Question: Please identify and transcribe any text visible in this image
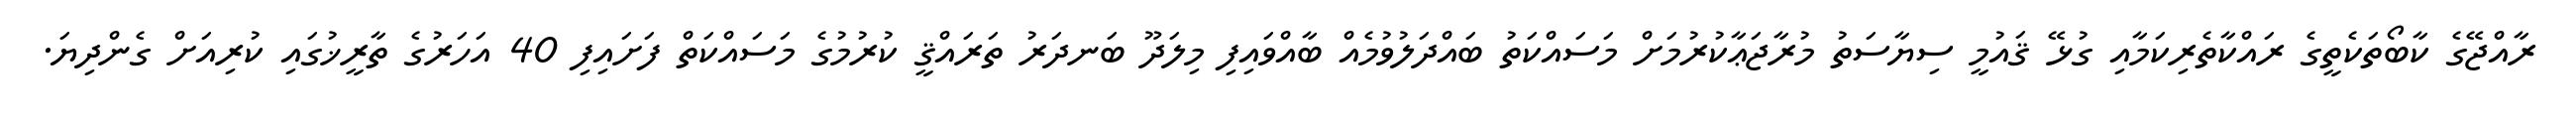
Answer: ރާއްޖޭގެ ކާބޯތަކެތީގެ ރައްކާތެރިކަމާއި ގުޅޭ ޤައުމީ ސިޔާސަތު މުރާޖަޢާކުރުމަށް މަސައްކަތު ބައްދަލުވުމެއް ބާއްވައިފި މިލަދޫ ބަނދަރު ތަރައްޤީ ކުރުމުގެ މަސައްކަތް ފަށައިފި 40 އަހަރުގެ ތާރީޚުގައި ކުރިއަށް ގެންދިޔަ.